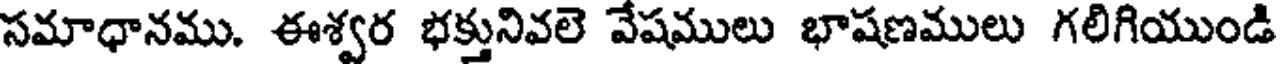
సమాధానము. ఈశ్వర భక్తునివలె వేషములు భాషణములు గలిగియుండి